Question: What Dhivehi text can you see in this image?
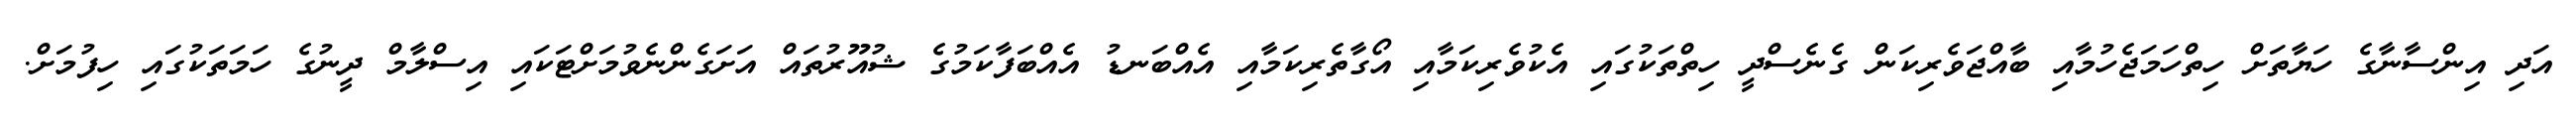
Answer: އަދި އިންސާނާގެ ހަޔާތަށް ހިތްހަމަޖެހުމާއި ބާއްޖަވެރިކަން ގެނެސްދީ ހިތްތަކުގައި އެކުވެރިކަމާއި އޯގާތެރިކަމާއި އެއްބަނޑު އެއްބަފާކަމުގެ ޝުއޫރުތައް އަށަގެންނެވުމަށްޓަކައި އިސްލާމް ދީނުގެ ހަމަތަކުގައި ހިފުމަށް.